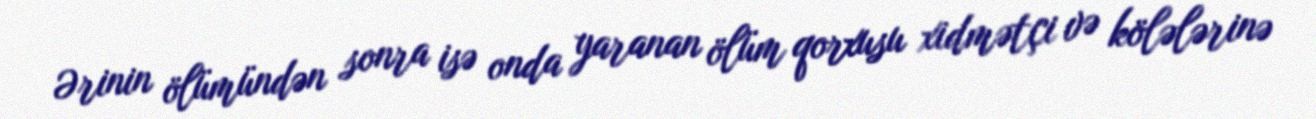
Ərinin ölümündən sonra isə onda yaranan ölüm qorxusu xidmətçi və kölələrinə